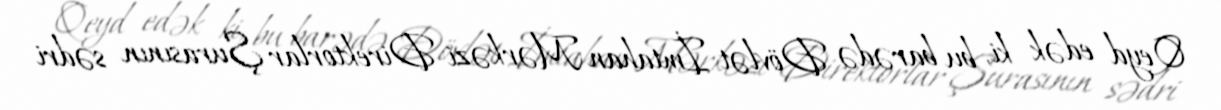
Qeyd edək ki, bu barədə Dövlət İmtahan Mərkəzi Direktorlar Şurasının sədri